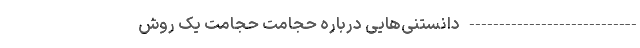
---------------------------- دانستنی‌هایی درباره حجامت حجامت یک روش